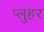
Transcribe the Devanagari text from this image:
प्लुहर